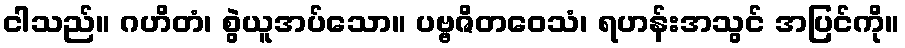
ငါသည်။ ဂဟိတံ၊ စွဲယူအပ်သော။ ပဗ္ဗဇိတဝေသံ၊ ရဟန်းအသွင် အပြင်ကို။